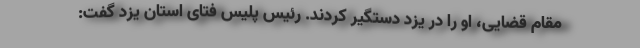
مقام قضایی، او را در یزد دستگیر کردند. رئیس پلیس فتای استان یزد گفت: